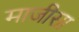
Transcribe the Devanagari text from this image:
माजीसा